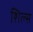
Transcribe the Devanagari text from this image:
शिल्स